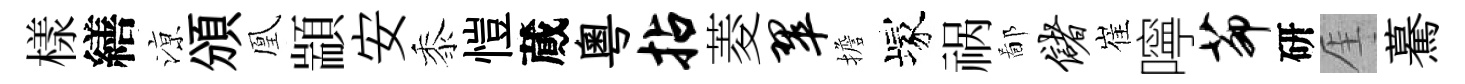
樣繕鿌頒凰顓安黍愷蕆粤拈菱翠擔塚祸鄙储崔嚀茆研厓驀